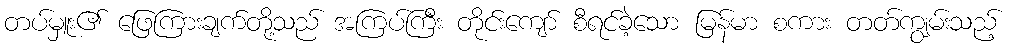
တပ်မှူး၏ ဖြေကြားချက်တို့သည် အကြပ်ကြီး တိုင်းကျော် စီရင်ခဲ့သော မြန်မာ စကား တတ်ကျွမ်းသည့်